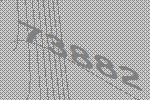
73882